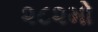
૨૮૨મો